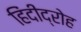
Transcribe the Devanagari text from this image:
हिंदीद्रोह